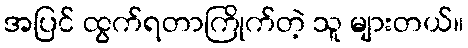
အပြင် ထွက်ရတာကြိုက်တဲ့ သူ များတယ်။